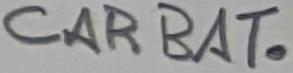
Text: CAR BAT.